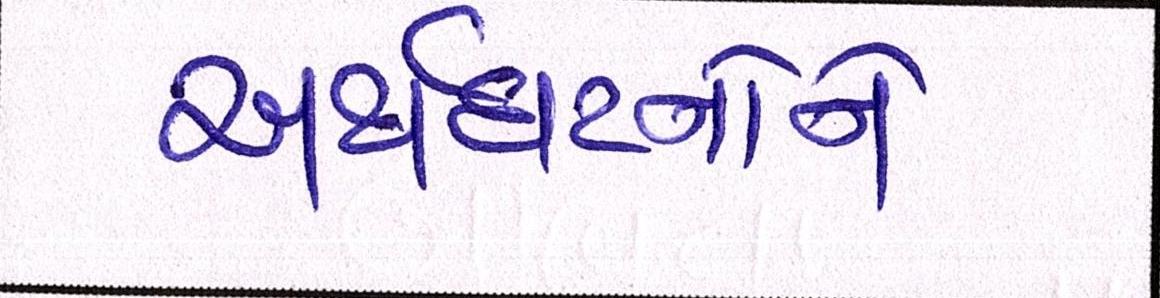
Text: અર્થઘટનોને